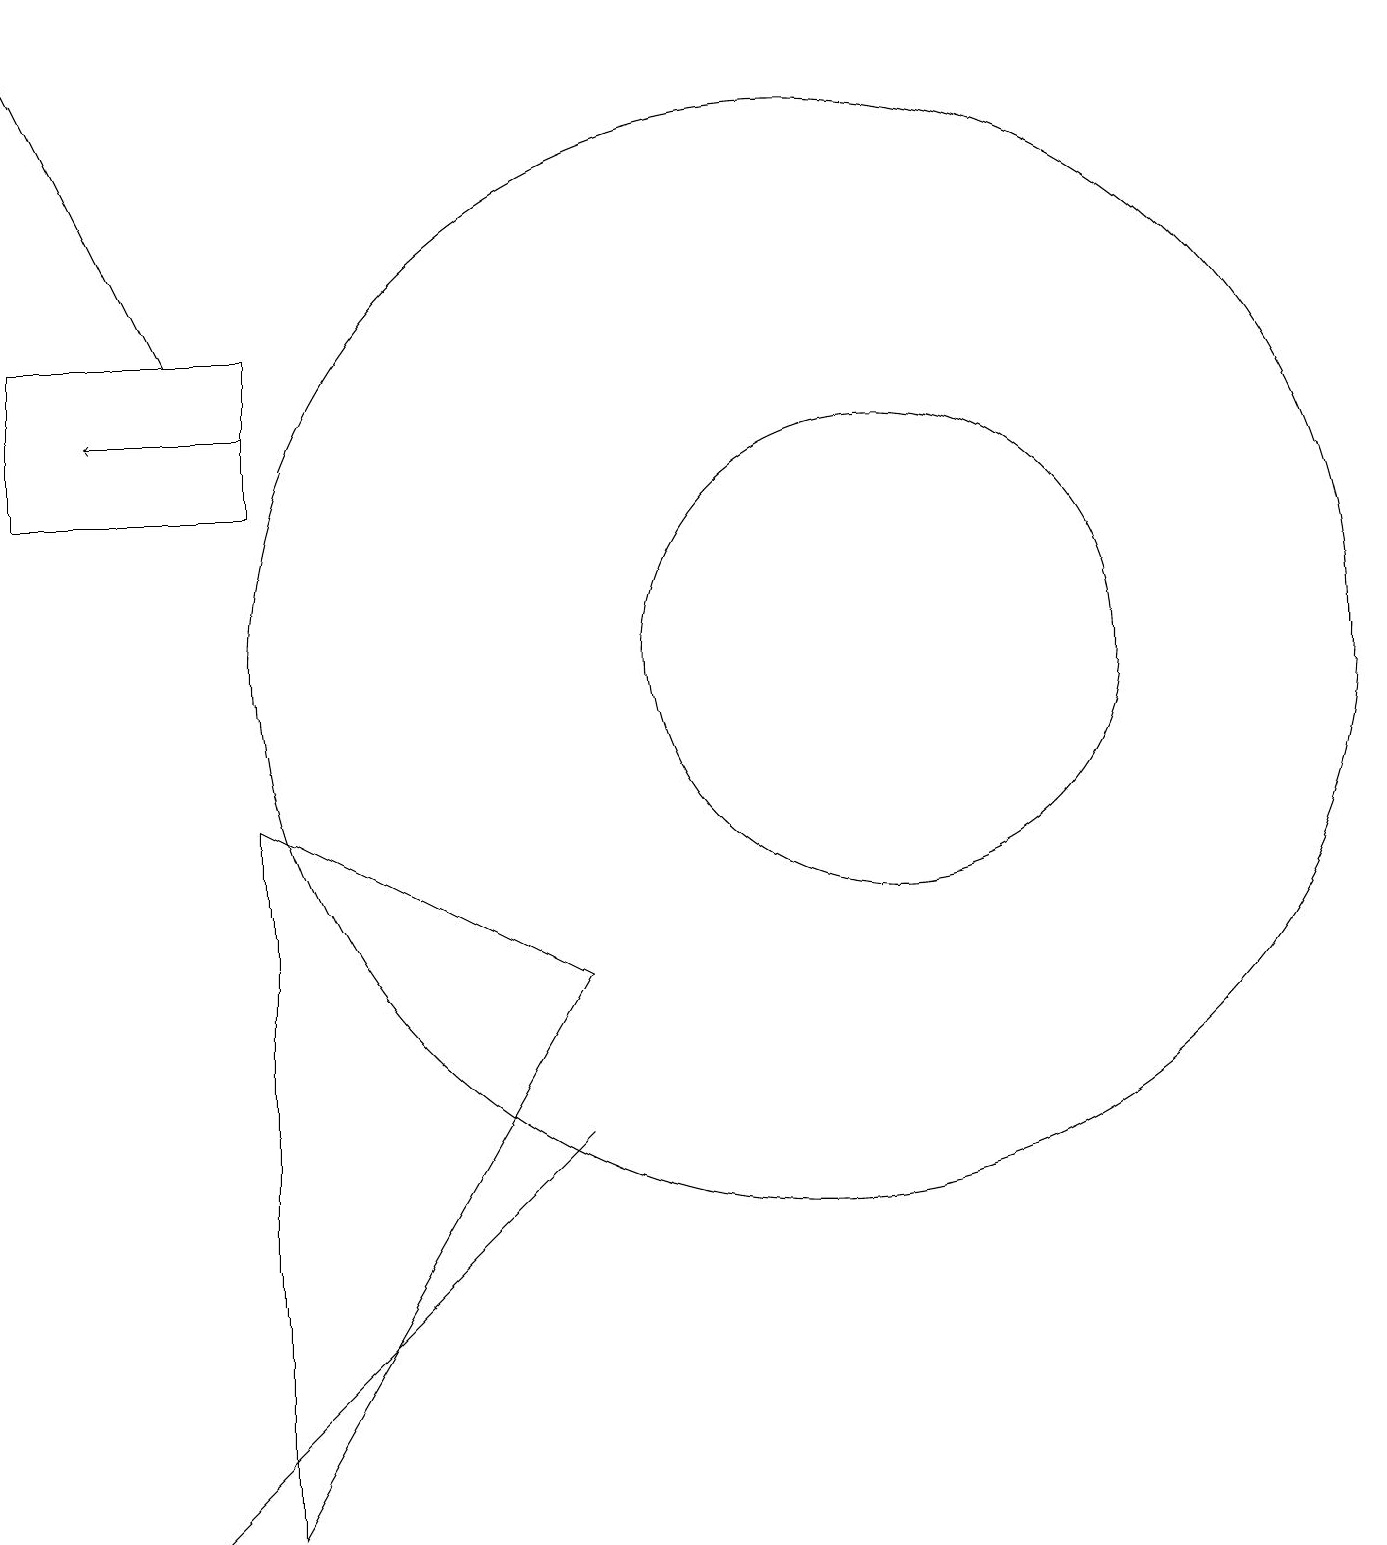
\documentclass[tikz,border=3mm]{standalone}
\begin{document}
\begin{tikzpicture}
\draw (3,15) rectangle (0,13);
\draw (10,11) circle (7);
\draw (3,9) -- (7,7) -- (3,0) -- cycle;
\draw (2,0) -- (5,3) -- (7,5) -- cycle;
\draw[->] (3,14) -- (1,14);
\draw (11,11) circle (3);
\draw[->] (2,15) -- (0,19);
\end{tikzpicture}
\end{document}